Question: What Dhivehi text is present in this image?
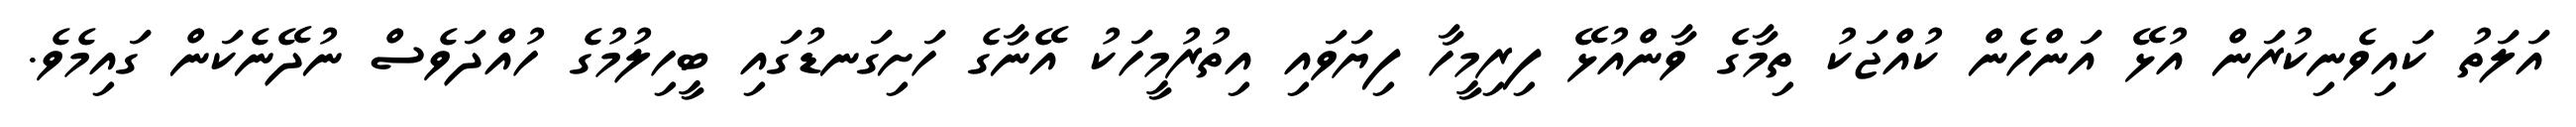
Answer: އަލަތު ކައިވެނިކުރަން އުޅޭ އަންހެން ކުއްޖަކު ތިމާގެ ވާންއުޅޭ ފިރިމީހާ ފިޔަވައި އިތުރުމީހަކު އޭނާގެ ހަށިގަނޑުގައި ބީހިލުމުގެ ހުއްދަވެސް ނުދޭނެކަން ގައިމެވެ.